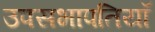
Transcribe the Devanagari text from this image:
उपसभापतियॉ